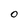
Character: 0